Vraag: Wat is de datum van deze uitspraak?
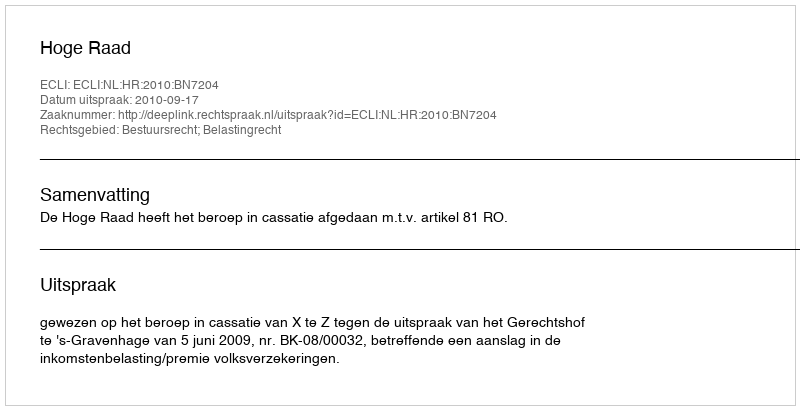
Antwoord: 2010-09-17